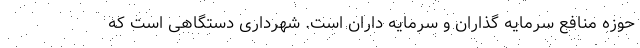
حوزه منافع سرمایه گذاران و سرمایه داران است. شهرداری دستگاهی است که